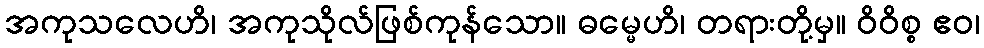
အကုသလေဟိ၊ အကုသိုလ်ဖြစ်ကုန်သော။ ဓမ္မေဟိ၊ တရားတို့မှ။ ဝိဝိစ္စ ဧဝ၊